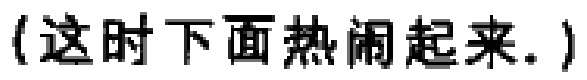
（这时下面热闹起来.）